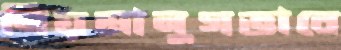
নিয়মানুগভাবে